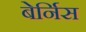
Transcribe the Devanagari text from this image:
बेर्निस